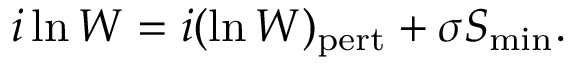
i \ln W = i ( \ln W ) _ { \mathrm { p e r t } } + \sigma S _ { \mathrm { m i n } } .